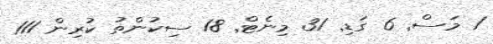
1 މަސް